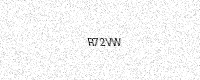
Text: R72VW